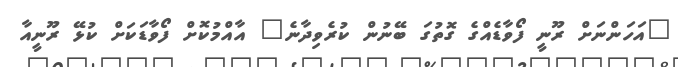
"އަހަންނަށް ރޫނީ ފޯވާޑެއްގެ ގޮތުގަ ބޭނުން ކުރެވިދާނެ" އާއްމުކޮށް ފޯވާޑަކަށް ކުޅޭ ރޫނީއާ